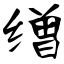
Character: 缯